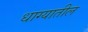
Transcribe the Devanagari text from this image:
धाग्यातील